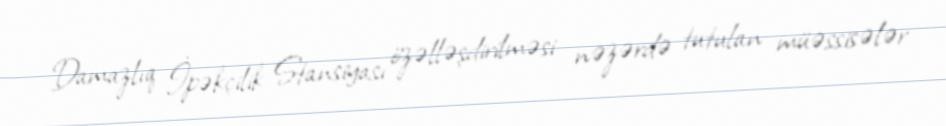
Damazlıq İpəkçilik Stansiyası özəlləşdirilməsi nəzərdə tutulan müəssisələr